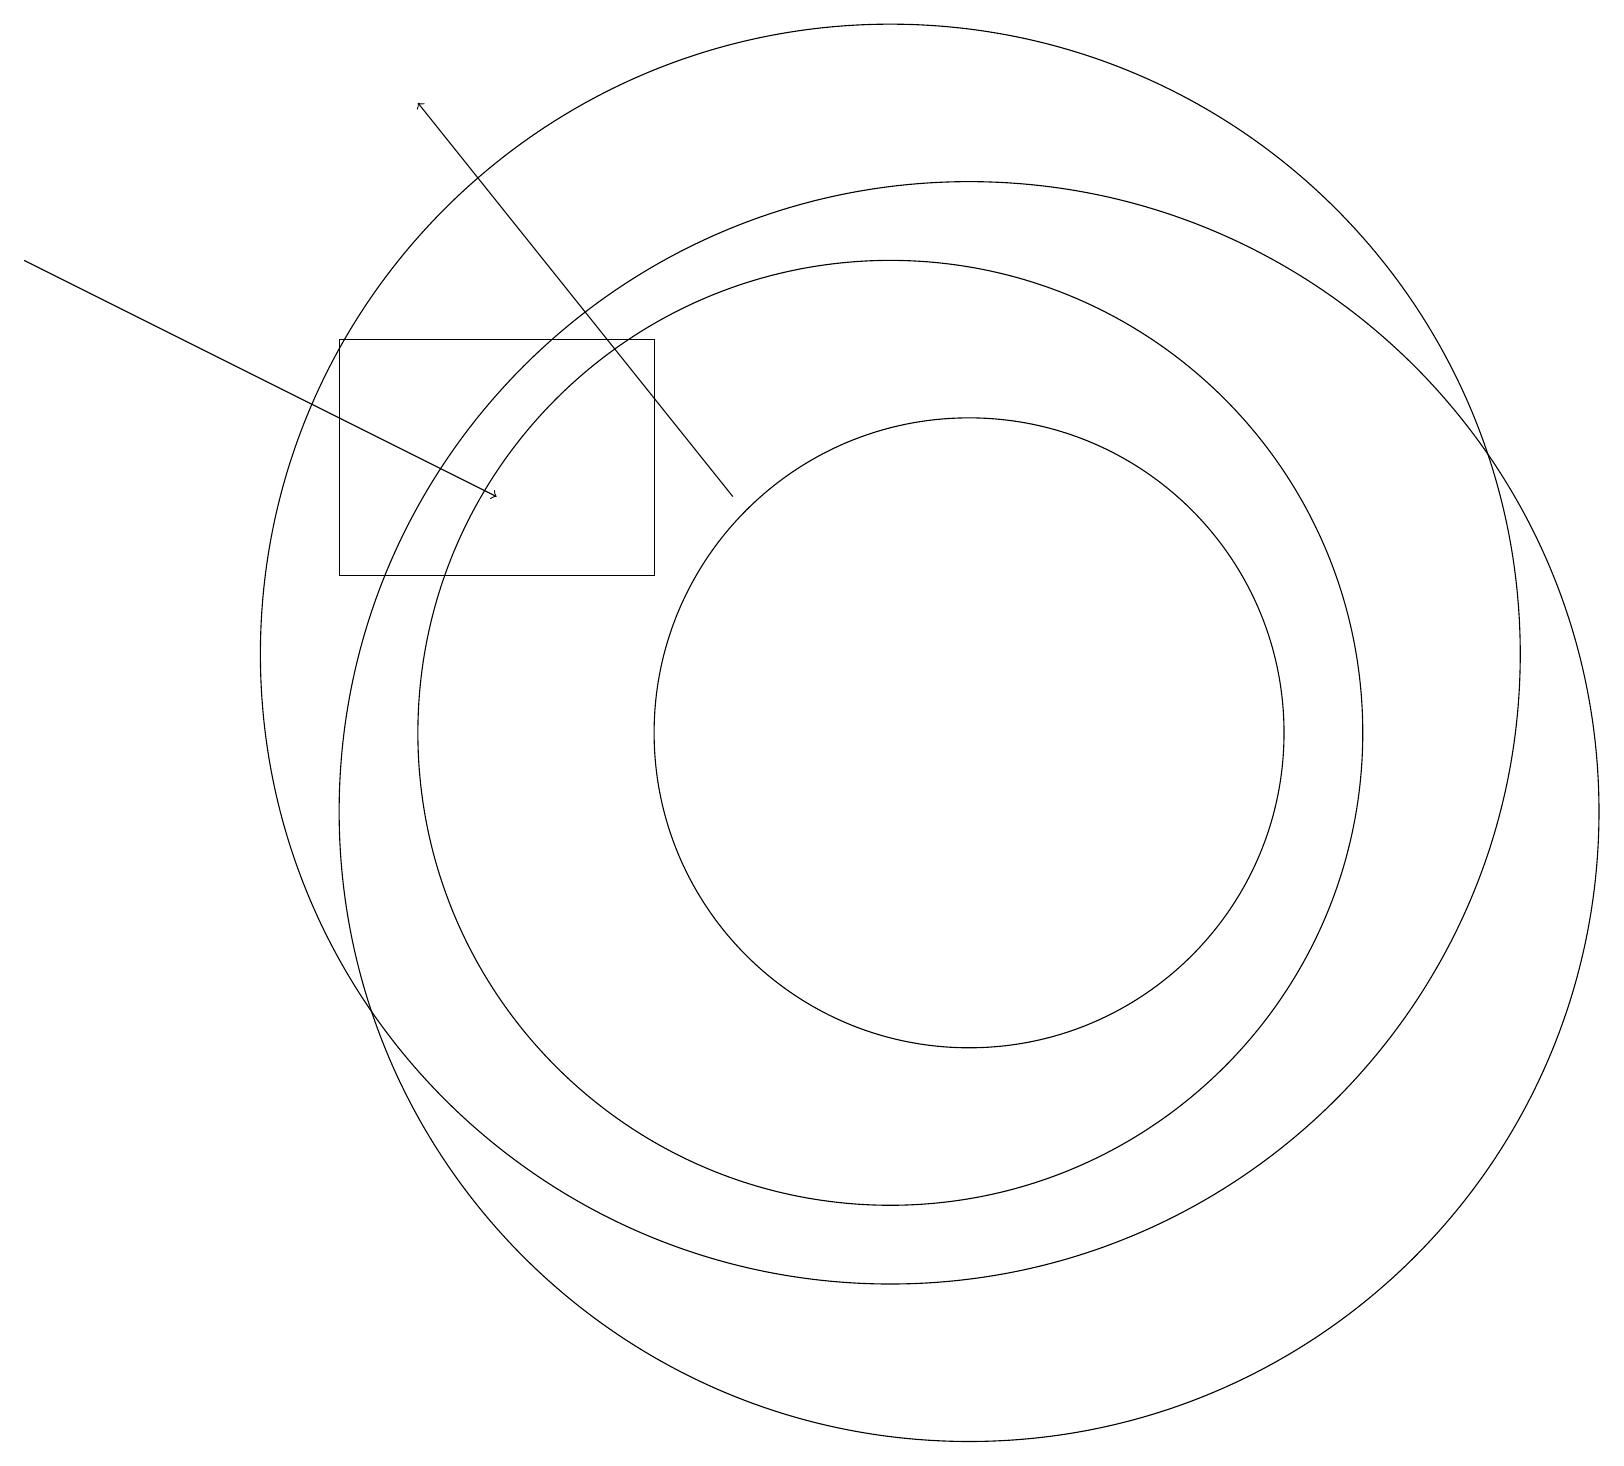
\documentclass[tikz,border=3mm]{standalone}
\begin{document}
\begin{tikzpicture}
\draw[->] (0,17) -- (6,14);
\draw (12,10) circle (8);
\draw (12,11) circle (4);
\draw[->] (9,14) -- (5,19);
\draw (8,16) rectangle (4,13);
\draw (11,11) circle (6);
\draw (11,12) circle (8);
\draw (10,12) circle (0);
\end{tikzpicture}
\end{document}